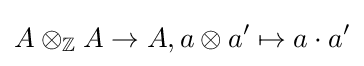
A\otimes _{\mathbb {Z} }A\rightarrow A,a\otimes a'\mapsto a\cdot a'